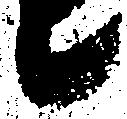
候